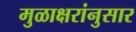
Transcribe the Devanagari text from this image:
मुळाक्षरांनुसार